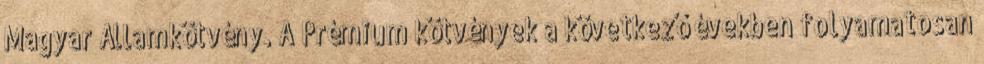
Magyar Államkötvény. A Prémium kötvények a következő években folyamatosan